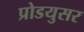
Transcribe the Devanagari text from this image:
प्रोडयुसर